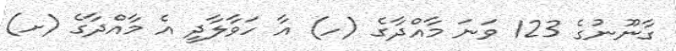
ގާނޫނުގެ 123 ވަނަ މާއްދާގެ (ހ) އާ ހަވާލާދީ އެ މާއްދާގެ (ށ)